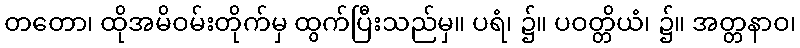
တတော၊ ထိုအမိဝမ်းတိုက်မှ ထွက်ပြီးသည်မှ။ ပရံ၊ ၌။ ပဝတ္တိယံ၊ ၌။ အတ္တနာဝ၊